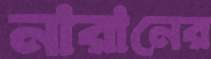
নারানের